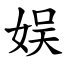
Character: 娱